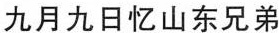
九月九日忆山东兄弟